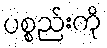
ပစ္စည်းကို